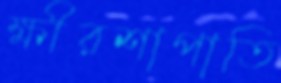
ক্ষীরশাপাতি